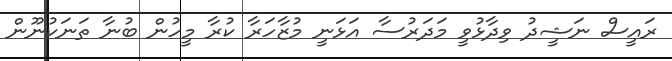
ރައީސް ނަޝީދު ވިދާޅުވީ މަދަރުސާ އަޅަނީ މުޒާހަރާ ކުރާ މީހުން ބުނާ ތަނަކުނޫން